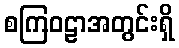
စကြဝဠာအတွင်းရှိ